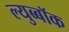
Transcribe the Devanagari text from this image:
ल्युब्बॉक